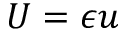
U = \epsilon u